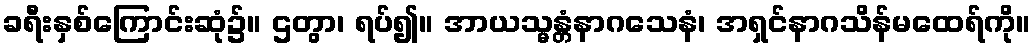
ခရီးနှစ်ကြောင်းဆုံ၌။ ဌတွာ၊ ရပ်၍။ အာယသ္မန္တံနာဂသေနံ၊ အရှင်နာဂသိန်မထေရ်ကို။